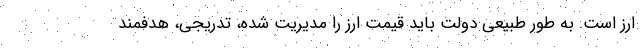
ارز است. به طور طبیعی دولت باید قیمت ارز را مدیریت شده، تدریجی، هدفمند